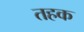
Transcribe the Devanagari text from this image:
तहक